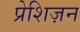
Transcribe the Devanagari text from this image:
प्रेशिज़न